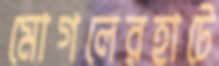
মোগলেরহাটে